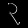
Digit: ၃